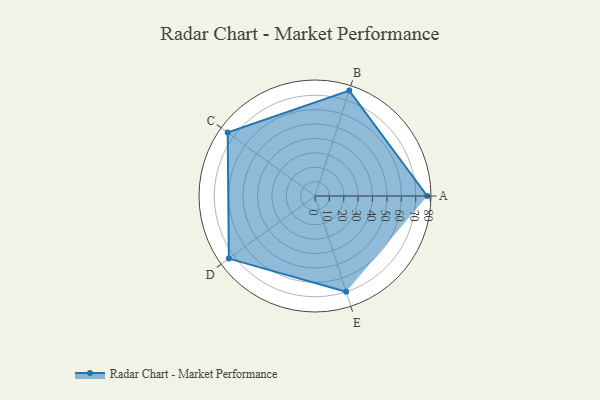
{"axis": {"x": "Skill", "y": "Score"}, "legend": ["Profile"], "data": [{"x": "A", "y": 78.0, "type": "Profile"}, {"x": "B", "y": 77.0, "type": "Profile"}, {"x": "C", "y": 75.0, "type": "Profile"}, {"x": "D", "y": 74.0, "type": "Profile"}, {"x": "E", "y": 70.0, "type": "Profile"}]}